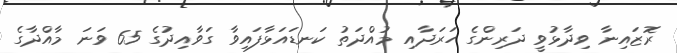
ރޮޒައިނާ ވިދާޅުވީ ދަރިންގެ ހަރަދާއި މުއްދަތު ކަނޑައަޅާފައިވާ ގަވާއިދުގެ 65 ވަނަ މާއްދާގެ